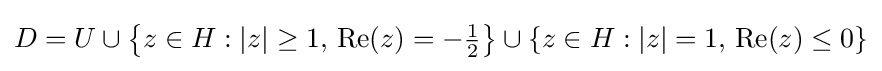
D=U\cup \left\{z\in H:\left|z\right|\geq 1,\,\operatorname {Re} (z)=-{\tfrac {1}{2}}\right\}\cup \left\{z\in H:\left|z\right|=1,\,\operatorname {Re} (z)\leq 0\right\}